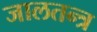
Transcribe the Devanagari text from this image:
जालतन्त्र